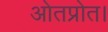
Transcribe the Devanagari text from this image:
ओतप्रोत।